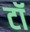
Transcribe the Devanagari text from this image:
टॉ